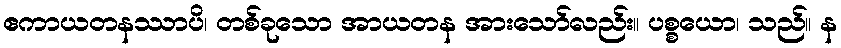
ဧကာယတနဿာပိ၊ တစ်ခုသော အာယတန အားသော်လည်း။ ပစ္စယော၊ သည်။ န